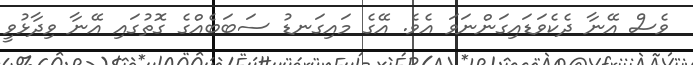
ވެސް އޭނާ ދެކެވަޑައިގަންނަވަ އެވެ. އޭގެ މައިގަނޑު ސަބަބެއްގެ ގޮތުގައި އޭނާ ވިދާޅުވީ